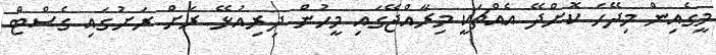
މީގެއިން މިދޭހަ ކޮށްދޭ އެއްޗަކީ މިރާއްޖޭގައި މީހުން ދިރިއުޅޭ ރަށް ރަށުގައި ގެސްޓް